Civil Veterinary Dept. Bombay admin report 1907-1913 - 1907-1913
Year: 1907
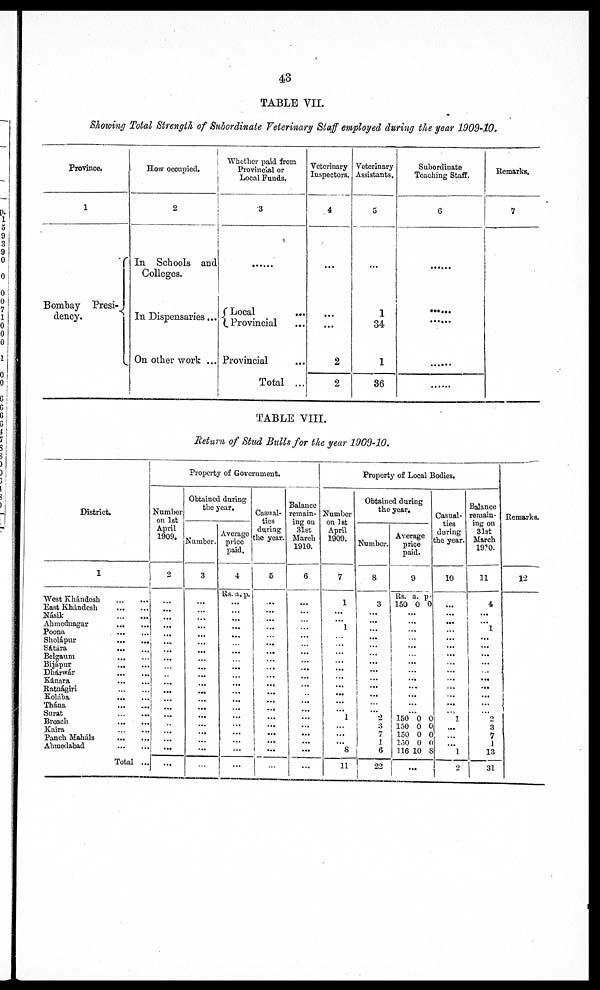
43
TABLE VII.
showing Total Strength of Subordinate Veterinary Staff employed during the year 1909-10.
Province.
1
Bombay
Presi-
dency.
2
In Schools and
Colleges.
In Dispensaries...
On other work ...
Whether paid from
Provincial or
Local Funds.
3
.......
Local
...
Provincial ...
Provincial ...
Total ...
Veterinary
Inspectors.
4
...
...
...
2
2
Voterinary
Assistants.
5
...
1
34
1
36
Subordinate
Teaching Staff.
6
...
......
.......
.......
........
Remarks.
7
TABLE VIII.
Return of Stud Bulls for the year 1909-10.
District,
1
1
West Khándesh
...
...
East Khándesh
...
...
Násik
...
...
Ahmednagar
...
...
Poona
...
...
Sholápur
...
...
Sátára
...
...
Belgaum
...
...
Bijápur
...
...
Dhárwár
...
...
Kánara
...
...
Ratnágiri
...
...
Kokába
...
...
Thána ... ...
Surat ... ...
Broach
Kaira ... ...
Panch Mahals
...
...
Ahmedabad
...
...
Total ...
Property of Government.
Number
on 1st
April
1909.
2
...
...
...
...
...
...
...
...
...
...
...
...
...
...
...
...
......
...
...
...
Obtained during
the year.
Number.
3
...
...
...
...
..
...
...
...
...
...
...
...
...
...
...
...
...
...
...
...
Average
price
paid.
4
lis. a. p.
...
...
...
...
...
...
...
...
...
...
...
...
...
......
...
...
...
...
...
...
Casual-
ties
during
the year.
5
...
...
...
...
...
...
...
...
...
...
...
...
...
...
.....
...
...
...
...
...
Balance
remain-
ing on
31st
March
1910.
6
...
...
...
...
...
...
...
...
...
...
...
...
...
...
...
...
...
...
...
...
Property of Local Bodies.
Number
on 1st
April
1909.
7
1
...
...
1
...
...
...
...
...
...
...
...
...
...
1
...
...
...
8
11
Obtained during
the year.
Number.
8
3
...
...
...
...
...
...
...
...
...
...
...
...
...
2
3
7
...
6
22
Average
price
paid.
9
150 0 0
...
...
...
...
...
...
...
...
...
...
...
...
...
150 0 C
150 0 0
150 0 C
150 0 0
116 10 8
...
Casual-
ties
during
the year.
10
...
...
...
...
...
...
...
...
...
...
...
...
...
...
1
...
...
...
...
2
Balance
remain-
ing on
31st
March
1910.
11
4
...
...
1
...
...
...
...
...
...
...
...
...
...
2
3
7
1
13
31
Remarks.
12